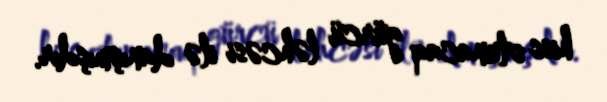
hiss olunacaq gürcü ləhcəsi ilə danışmışdır.